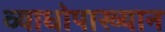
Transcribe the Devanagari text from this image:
व्याधोपाख्यान